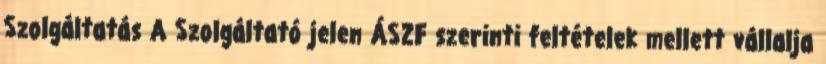
Szolgáltatás A Szolgáltató jelen ÁSZF szerinti feltételek mellett vállalja